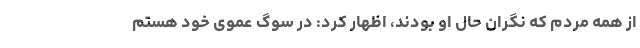
از همه مردم که نگران حال او بودند، اظهار کرد: در سوگ عموی خود هستم